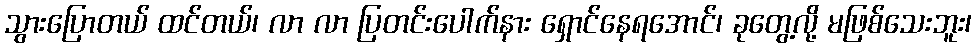
သွားပြောတယ် ထင်တယ်၊ လာ လာ ပြတင်းပေါက်နား ရှောင်နေရအောင်၊ ခုတွေ့လို့ မဖြစ်သေးဘူး၊